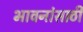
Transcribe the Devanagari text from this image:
भावनांसाठी